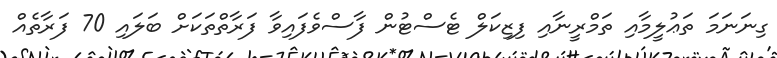
ގިނަނަމަ ތަޢުލީމާއި ތަމްރީނާއި ފިޒިކަލް ޓެސްޓުން ފާސްވެފައިވާ ފަރާތްތަކަށް ބަލައި 70 ފަރާތެއް